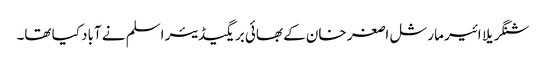
شنگریلا ائیر مارشل اصغر خان کے بھائی بریگیڈیئر اسلم نے آباد کیا تھا۔